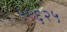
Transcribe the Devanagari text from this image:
५९६२५